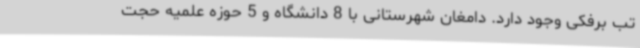
تب برفکی وجود دارد. دامغان شهرستانی با 8 دانشگاه و 5 حوزه علمیه حجت